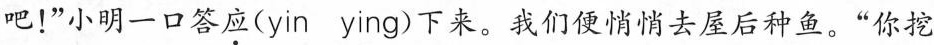
吧！” 小明一口答\underset{·}{应}(yin ying)下来。 我们便悄悄去屋后种鱼。” 你挖